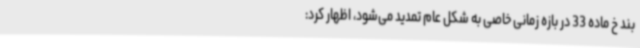
بند خ ماده 33 در بازه زمانی خاصی به شکل عام تمدید می‌شود، اظهار کرد: